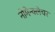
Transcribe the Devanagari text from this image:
नोमेन्क्लेचर